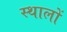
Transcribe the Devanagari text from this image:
स्थालों